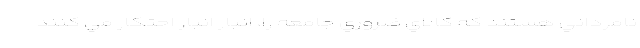
نامرداني هستند كه كالاي ضروري جامعه را، انبار انبار احتكار مي كنند